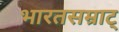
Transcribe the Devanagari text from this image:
भारतसम्राट्